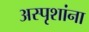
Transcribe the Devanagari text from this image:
अस्पृशांना